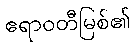
ဧရာဝတီမြစ်၏